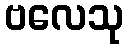
ဗလေသု